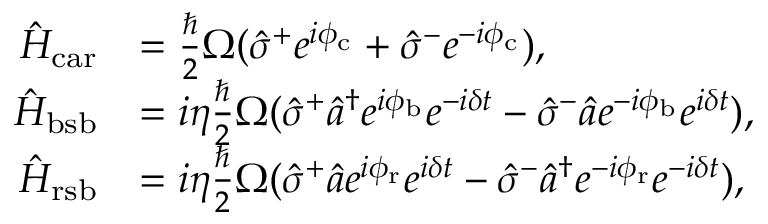
\begin{array} { r l } { \hat { H } _ { \mathrm { c a r } } } & { = \frac { \hbar } { 2 } \Omega ( \hat { \sigma } ^ { + } e ^ { i \phi _ { \mathrm { c } } } + \hat { \sigma } ^ { - } e ^ { - i \phi _ { \mathrm { c } } } ) , } \\ { \hat { H } _ { \mathrm { b s b } } } & { = i \eta \frac { \hbar } { 2 } \Omega ( \hat { \sigma } ^ { + } \hat { a } ^ { \dagger } e ^ { i \phi _ { \mathrm { b } } } e ^ { - i \delta t } - \hat { \sigma } ^ { - } \hat { a } e ^ { - i \phi _ { \mathrm { b } } } e ^ { i \delta t } ) , } \\ { \hat { H } _ { \mathrm { r s b } } } & { = i \eta \frac { \hbar } { 2 } \Omega ( \hat { \sigma } ^ { + } \hat { a } e ^ { i \phi _ { \mathrm { r } } } e ^ { i \delta t } - \hat { \sigma } ^ { - } \hat { a } ^ { \dagger } e ^ { - i \phi _ { \mathrm { r } } } e ^ { - i \delta t } ) , } \end{array}